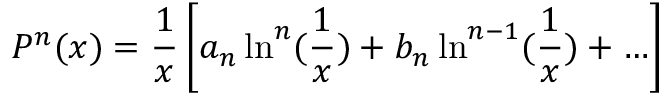
P ^ { n } ( x ) = \frac { 1 } { x } \left[ a _ { n } \ln ^ { n } ( \frac { 1 } { x } ) + b _ { n } \ln ^ { n - 1 } ( \frac { 1 } { x } ) + \ldots \right]